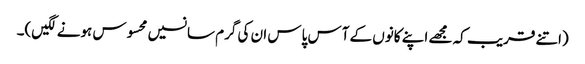
(اتنے قریب کہ مجھے اپنے کانوں کے آس پاس ان کی گرم سانسیں محسوس ہونے لگیں)۔